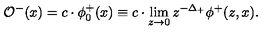
\mathcal { O } ^ { - } ( x ) = c \cdot \phi _ { 0 } ^ { + } ( x ) \equiv c \cdot \lim _ { z \to 0 } z ^ { - \Delta _ { + } } \phi ^ { + } ( z , x ) .